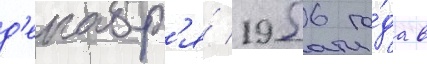
д'екабр'я́ 1956 го́да в